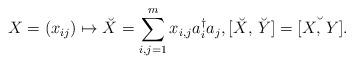
LaTeX: \begin{align*}X = (x_{ij}) \mapsto \breve{X} = \sum_{i,j = 1}^{m}x_{i,j}a_i^\dagger a_j, [\breve{X},\,\breve{Y}] = \breve{[X, \, Y]}.\end{align*}